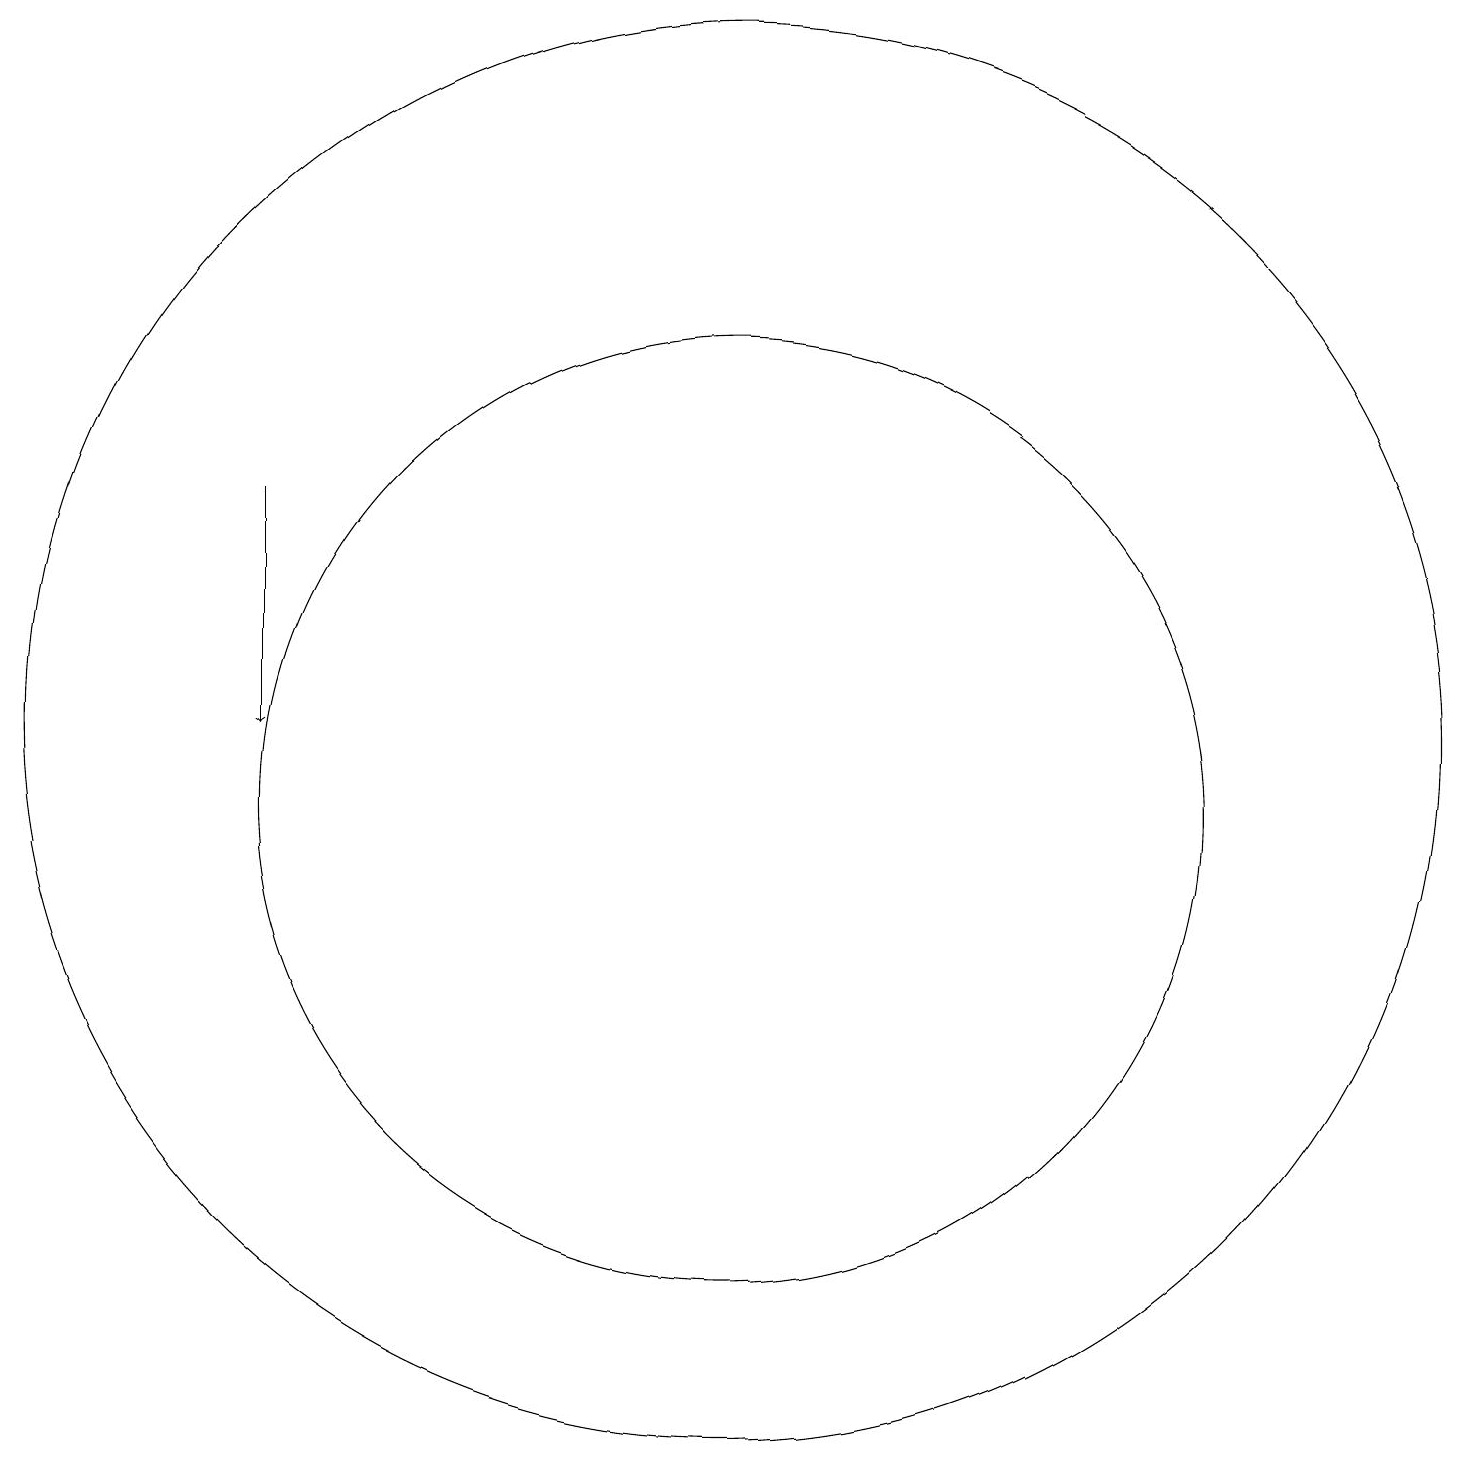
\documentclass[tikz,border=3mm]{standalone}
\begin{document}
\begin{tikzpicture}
\draw (10,12) circle (9);
\draw[->] (4,15) -- (4,12);
\draw (10,11) circle (6);
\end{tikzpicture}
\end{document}